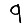
Digit: 9